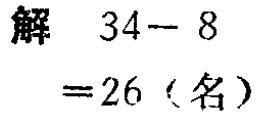
解 \(34 - 8\)

\(= 26\)（名）